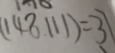
( 2 5 9 . 1 1 1 ) = 3 7